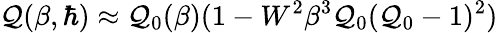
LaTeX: \mathcal{Q}(\beta,\hbar)\approx\mathcal{Q}_{0}(\beta)(1-W^{2}\beta^{3}\mathcal{Q}_{0}(\mathcal{Q}_{0}-1)^{2})